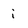
Character: i